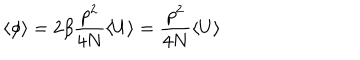
\langle \phi \rangle = 2 \beta \frac { p ^ { 2 } } { 4 N } \langle U \rangle = \frac { p ^ { 2 } } { 4 N } \langle U \rangle